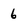
Character: 6